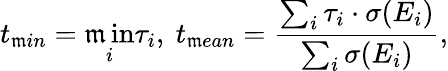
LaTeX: t_{\mathfrak{m}in}=\operatorname*{\mathfrak{m}in}_{i}\tau_{i},\ t_{\mathfrak{m}ean}=\frac{{\sum_{i}\tau_{i}\cdot\sigma(E_{i})}}{{\sum_{i}\sigma(E_{i})}},